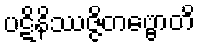
ပဋိနိဿဇ္ဇိတဗ္ဗောတိ